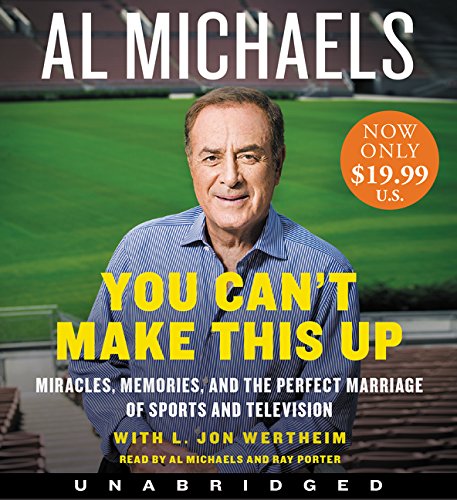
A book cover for You Can't Make This Up Low Price CD: Miracles, Memories, and the Perfect Marriage of Sports and Television; Al Michaels; Sports & Outdoors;